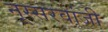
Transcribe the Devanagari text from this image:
नूस्सरवांजी